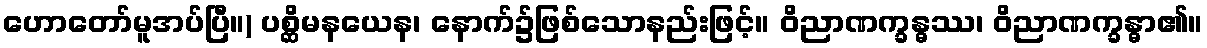
ဟောတော်မူအပ်ပြီ။) ပစ္ဆိမနယေန၊ နောက်၌ဖြစ်သောနည်းဖြင့်။ ဝိညာဏက္ခန္ဓဿ၊ ဝိညာဏက္ခန္ဓာ၏။